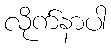
လိုက်နာပါ